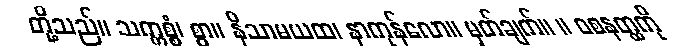
တို့သည်။ သက္ကစ္စံ၊ စွာ။ နိသာမယထ၊ နာကုန်လော။ မှတ်ချက်။ ။ ဝစနတ္ထကို